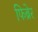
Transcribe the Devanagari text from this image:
फिब्रेर